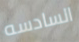
السادسه